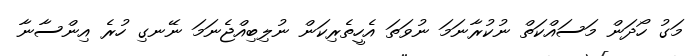
މަގު ހޯދަން މަސައްކަތް ނުކުރާނަމަ ނުވަތަ އެހީތެރިކަން ނުލިބިއްޖެނަމަ ނޭނގި ހުރެ އިންސާނާ